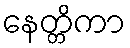
နေတ္တိကာ